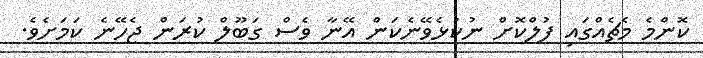
ކޮންމެ މެޗެއްގައި ފުލްކޮށް ނުކުޅެވޭނެކަން އޭނާ ވެސް ގަބޫލް ކުރަން ޖެހޭނެ ކަމަށެވެ.